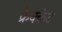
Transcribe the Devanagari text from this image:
क्रेक्केट